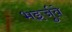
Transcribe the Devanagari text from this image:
भइर्जुवे